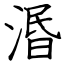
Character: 湣